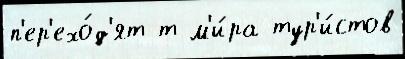
п'ер'ехо́д'ят т м'и́ра тур'и́стов